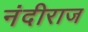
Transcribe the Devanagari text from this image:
नंदीराज